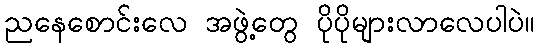
ညနေစောင်းလေ အဖွဲ့တွေ ပိုပိုများလာလေပါပဲ။